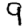
Digit: 9